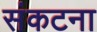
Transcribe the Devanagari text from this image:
संकटना